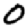
Digit: 0